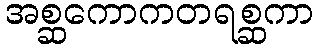
အစ္ဆကောကတရစ္ဆကာ